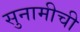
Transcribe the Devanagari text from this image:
सुनामीची